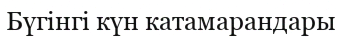
Бүгінгі күн катамарандары